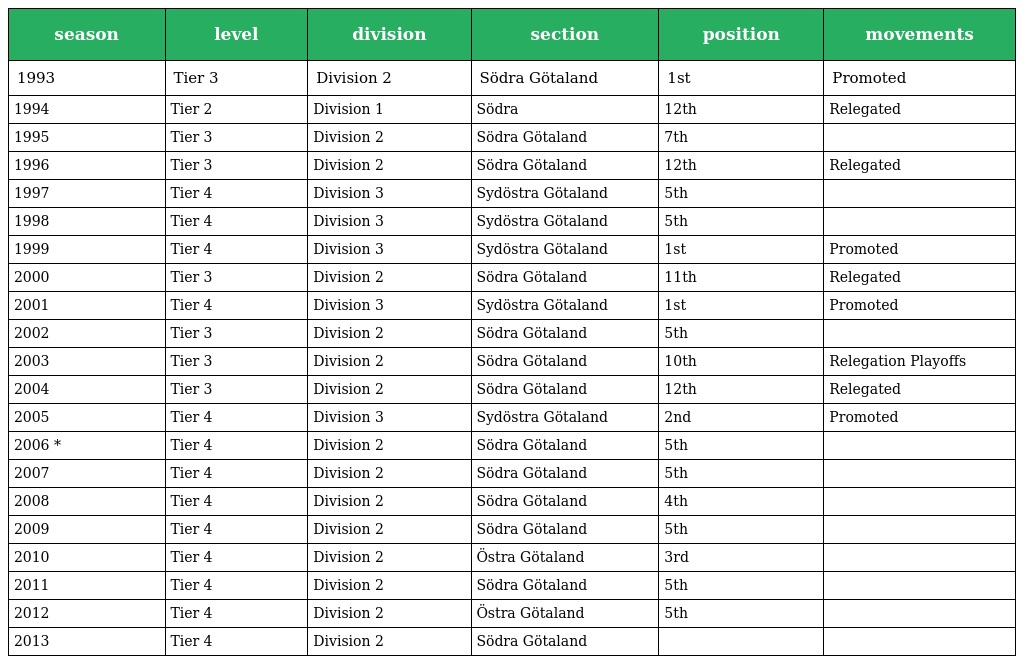
| season | level | division | section | position | movements |
 | --- | --- | --- | --- | --- | --- |
 | 1993 | Tier 3 | Division 2 | Södra Götaland | 1st | Promoted |
 | 1994 | Tier 2 | Division 1 | Södra | 12th | Relegated |
 | 1995 | Tier 3 | Division 2 | Södra Götaland | 7th |  |
 | 1996 | Tier 3 | Division 2 | Södra Götaland | 12th | Relegated |
 | 1997 | Tier 4 | Division 3 | Sydöstra Götaland | 5th |  |
 | 1998 | Tier 4 | Division 3 | Sydöstra Götaland | 5th |  |
 | 1999 | Tier 4 | Division 3 | Sydöstra Götaland | 1st | Promoted |
 | 2000 | Tier 3 | Division 2 | Södra Götaland | 11th | Relegated |
 | 2001 | Tier 4 | Division 3 | Sydöstra Götaland | 1st | Promoted |
 | 2002 | Tier 3 | Division 2 | Södra Götaland | 5th |  |
 | 2003 | Tier 3 | Division 2 | Södra Götaland | 10th | Relegation Playoffs |
 | 2004 | Tier 3 | Division 2 | Södra Götaland | 12th | Relegated |
 | 2005 | Tier 4 | Division 3 | Sydöstra Götaland | 2nd | Promoted |
 | 2006 * | Tier 4 | Division 2 | Södra Götaland | 5th |  |
 | 2007 | Tier 4 | Division 2 | Södra Götaland | 5th |  |
 | 2008 | Tier 4 | Division 2 | Södra Götaland | 4th |  |
 | 2009 | Tier 4 | Division 2 | Södra Götaland | 5th |  |
 | 2010 | Tier 4 | Division 2 | Östra Götaland | 3rd |  |
 | 2011 | Tier 4 | Division 2 | Södra Götaland | 5th |  |
 | 2012 | Tier 4 | Division 2 | Östra Götaland | 5th |  |
 | 2013 | Tier 4 | Division 2 | Södra Götaland |  |  |